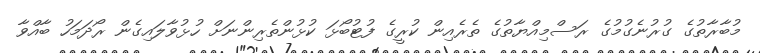
މުބާރާތުގެ ގުރުނެގުމުގެ ރަސްމިއްޔާތުގެ ތެރެއިން ކުރީގެ ފުޓުބޯޅަ ކުޅުންތެރިންނަށް ހުޅުވާލައިގެން ރޯދަމަހު ބާއްވާ